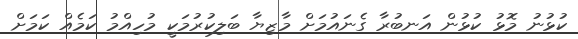
ކުޅުނު މޮޅު ކުޅުން އަނބުރާ ގެނައުމަށް މާޒިޔާ ބަލިކުރުމަކީ މުހިއްމު ކަމެއް ކަމަށް